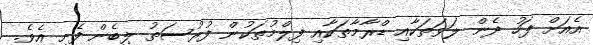
އެއަށް ފަހު ދެން ލަވަތަކާއި ޑްރާމާތަކާއި ފިލްމުތަކުން ފުރުސަތު ލިބެން ފެށީ އެވެ.